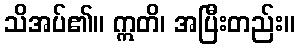
သိအပ်၏။ ဣတိ၊ အပြီးတည်း။